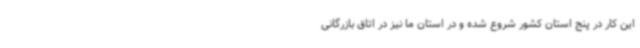
این کار در پنج استان کشور شروع شده و در استان ما نیز در اتاق بازرگانی